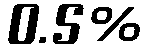
0.5%